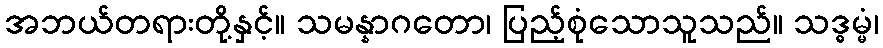
အဘယ်တရားတို့နှင့်။ သမန္နာဂတော၊ ပြည့်စုံသောသူသည်။ သဒ္ဓမ္မံ၊